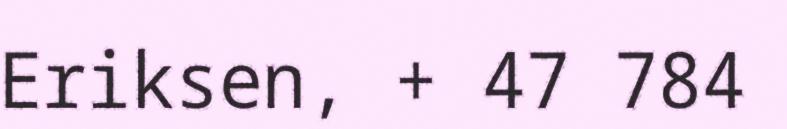
Eriksen, + 47 784